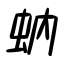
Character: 蚋